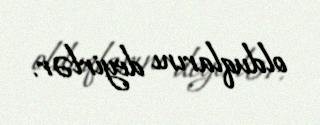
olduqlarını deyirlər.